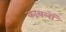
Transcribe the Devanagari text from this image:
कायलों